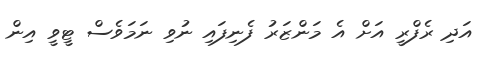
އަދި ރެފްރީ އަށް އެ މަންޒަރު ފެނިފައި ނުވި ނަމަވެސް ޓީވީ އިން